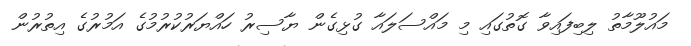
މައުލޫމާތު ލިބިފައިވާ ގޮތުގައި މި މައްސަލައާ ގުޅިގެން ޔާސިރު ހައްޔަރުކުރުމުގެ އަމުރުގެ އިތުރުން